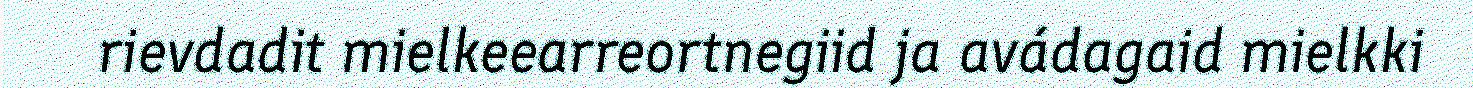
rievdadit mielkeearreortnegiid ja avádagaid mielkki